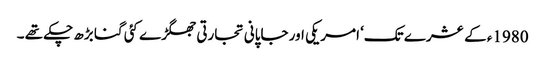
1980ء کے عشرے تک‘ امریکی اور جاپانی تجارتی جھگڑے کئی گنا بڑھ چکے تھے ۔